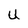
Character: U